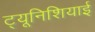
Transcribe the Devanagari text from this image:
ट्यूनिशियाई